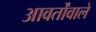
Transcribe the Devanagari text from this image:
आवर्तोंवाले